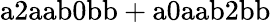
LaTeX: \mathrm{a2aab0bb+a0aab2bb}